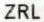
ZRL